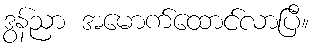
ဒွန်ညာ အမောက်ထောင်လာပြီ။